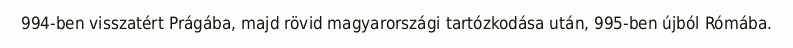
994-ben visszatért Prágába, majd rövid magyarországi tartózkodása után, 995-ben újból Rómába.